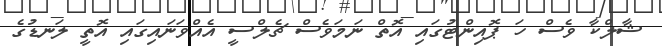
ޝާލްކާ ވެސް ހަ ޕޮއިންޓުގައި އޮތް ނަމަވެސް ޗެލްސީ އެއްވަނައިގައި އޮތީ ލަނޑުގެ